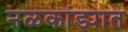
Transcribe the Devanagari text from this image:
नळकांड्यात